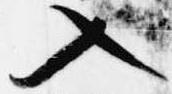
入